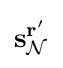
\mathbf {s} _{\mathcal {N}}^{\mathbf {r} '}